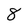
Character: 8